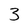
Character: 3